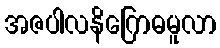
အဇပါလနိဂြောဓမူလာ